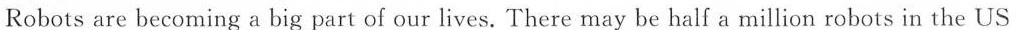
Robots are becoming a big part of our lives. There may be half a million robots in the US